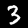
Digit: 3